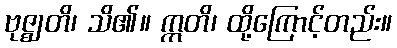
ဗုဇ္ဈတိ၊ သိ၏။ ဣတိ၊ ထို့ကြောင့်တည်း။